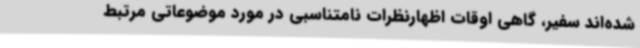
شده‌اند سفیر، گاهی اوقات اظهارنظرات نامتناسبی در مورد موضوعاتی مرتبط